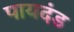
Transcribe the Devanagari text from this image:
पायदंड